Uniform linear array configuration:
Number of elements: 12
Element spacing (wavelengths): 0.5
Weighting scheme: kaiser
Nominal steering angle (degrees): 30
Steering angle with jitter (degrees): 28.998
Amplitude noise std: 0.05
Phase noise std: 0.05

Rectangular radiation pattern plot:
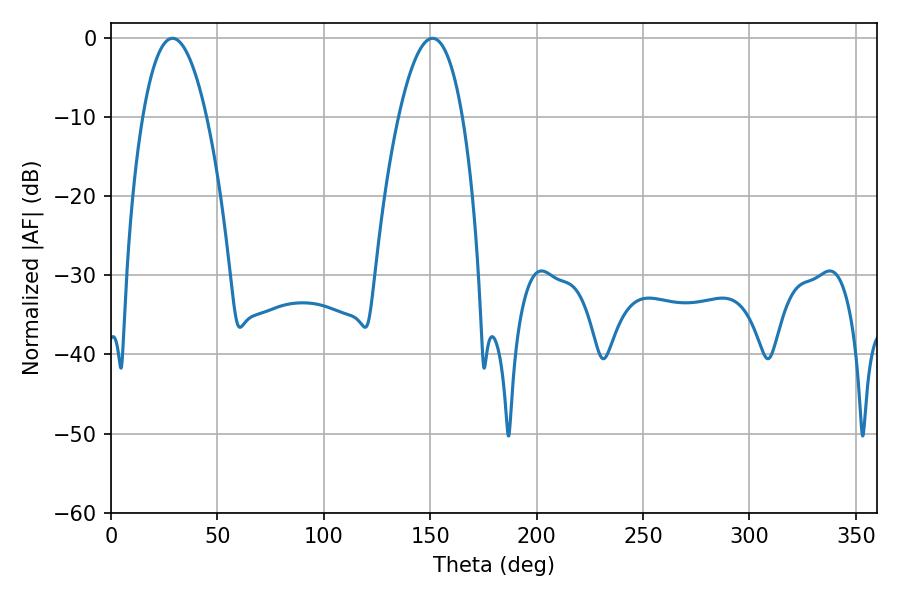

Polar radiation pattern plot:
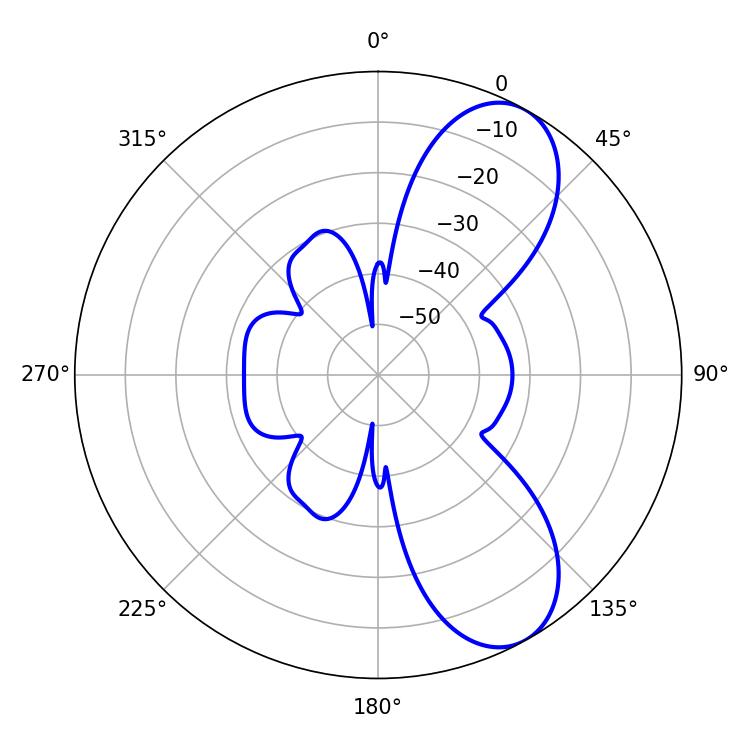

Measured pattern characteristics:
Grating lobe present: FALSE
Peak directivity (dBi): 8.21
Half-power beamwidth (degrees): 16.56
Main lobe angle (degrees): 28.98